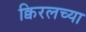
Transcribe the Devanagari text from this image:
क्विरलच्या